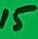
Text: 15